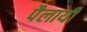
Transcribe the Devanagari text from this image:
पैलायी